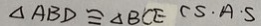
\Delta A B D \cong \Delta B C E C S \cdot A \cdot S